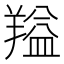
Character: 𬙻